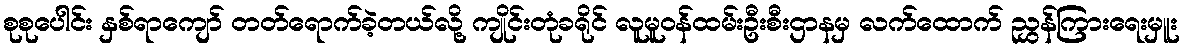
စုစုပေါင်း နှစ်ရာကျော် တတ်ရောက်ခဲ့တယ်လို့ ကျိုင်းတုံခရိုင် လူမူဝန်ထမ်းဦးစီးဌာနမှ လက်ထောက် ညွှန်ကြားရေးမှူး